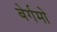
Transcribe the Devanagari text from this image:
बेर्गमो